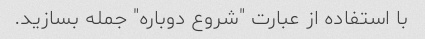
با استفاده از عبارت "شروع دوباره" جمله بسازید.